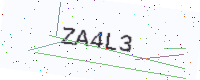
Text: ZA4L3